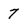
Character: 7